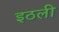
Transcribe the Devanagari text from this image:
इठली